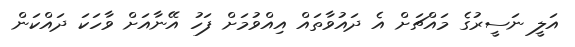
އަލީ ނަސީރުގެ މައްޗަށް އެ ދައުވާތައް އިއްވުމަށް ފަހު އޭނާއަށް ވާހަކަ ދައްކަން